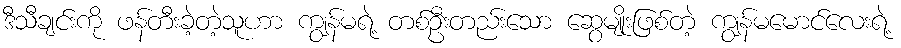
ဒီသီချင်းကို ဖန်တီးခဲ့တဲ့သူဟာ ကျွန်မရဲ့ တစ်ဦးတည်းသော ဆွေမျိုးဖြစ်တဲ့ ကျွန်မမောင်လေးရဲ့